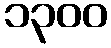
၁၃၀၀